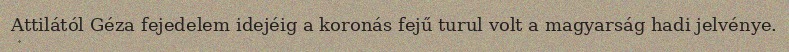
Attilától Géza fejedelem idejéig a koronás fejű turul volt a magyarság hadi jelvénye.